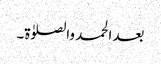
بعد الحمد والصلوٰۃ۔